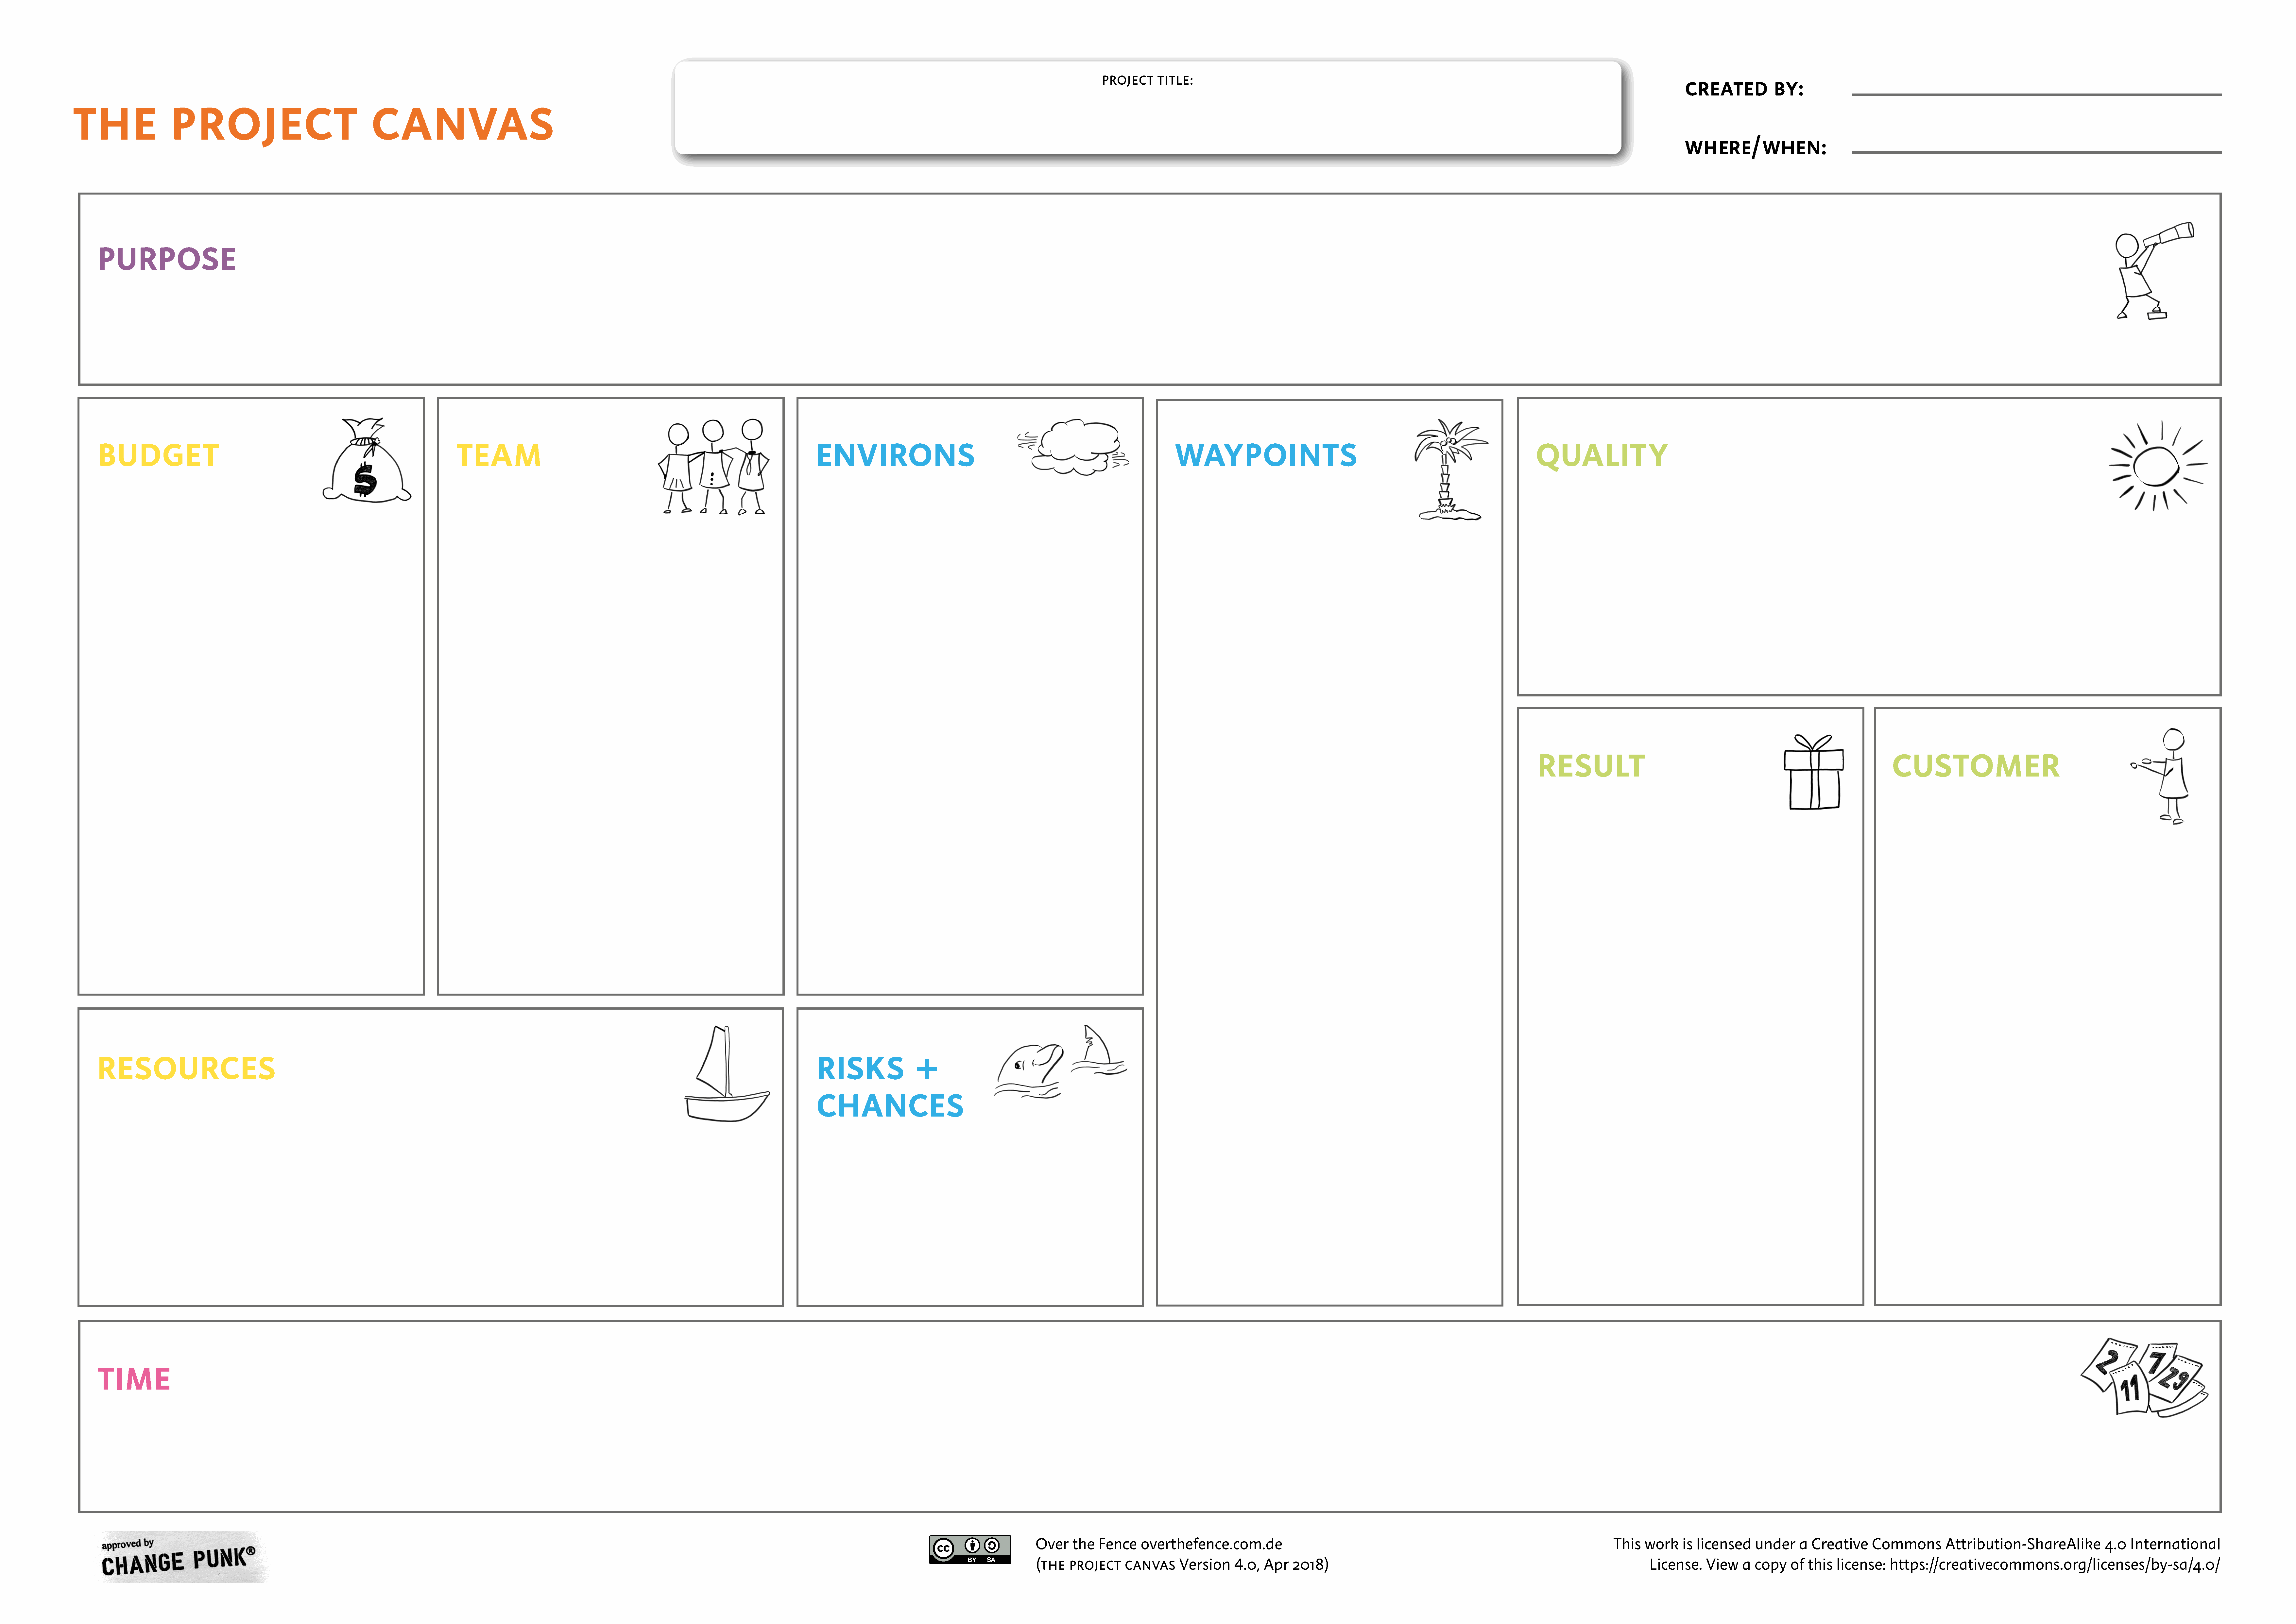
PROJECT    TITLE:
 CREATED           BY:
 THE                PROJECT                                  CANVAS
 WHERE/WHEN:
 PURPOSE
 BUDGET                                                                  TEAM                                                                     ENVIRONS                                                                 WAYPOINTS                                                                QUALITY
 RESULT                                                                  CUSTOMER
 RESOURCES                                                                                                                                        RISKS               +
 CHANCES
 TIME
 Over   the  Fence    overthefence.com.de                                                                             This  work    is licensed   under    a  Creative    Commons        Attribution-ShareAlike          4.0  International
 (THE  PROJECT     CANVAS     Version    4.0,  Apr   2018)                                                                   License.   View    a copy    of this  license:   https://creativecommons.org/licenses/by-sa/4.0/